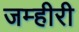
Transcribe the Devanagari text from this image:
जम्हीरी